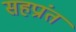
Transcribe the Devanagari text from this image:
सहप्रांत